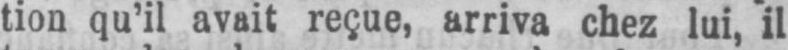
tion qu’il avait reçue, arriva chez lui, il